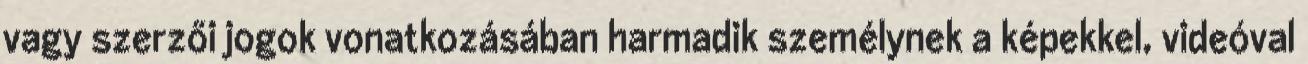
vagy szerzői jogok vonatkozásában harmadik személynek a képekkel, videóval